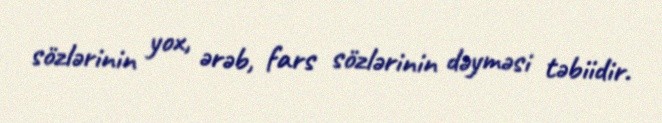
sözlərinin yox, ərəb, fars sözlərinin dəyməsi təbiidir.